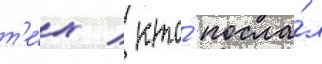
т'е́х / кто́ посла́л